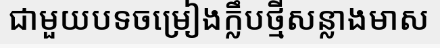
ជាមួយបទចម្រៀងក្លឹបថ្មីសន្លាងមាស